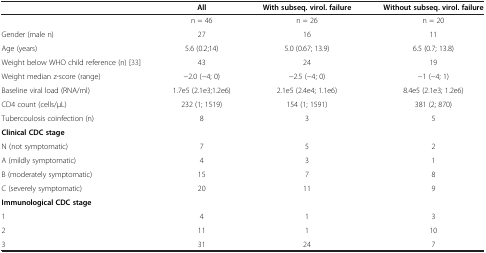
<table><thead><tr><td><b> </b></td><td><b>All</b></td><td><b>With subseq. virol. failure</b></td><td><b>Without subseq. virol. failure</b></td></tr></thead><tbody><tr><td> </td><td>n = 46</td><td>n = 26</td><td>n = 20</td></tr><tr><td>Gender (male n)</td><td>27</td><td>16</td><td>11</td></tr><tr><td>Age (years)</td><td>5.6 (0.2;14)</td><td>5.0 (0.67; 13.9)</td><td>6.5 (0.7; 13.8)</td></tr><tr><td>Weight below WHO child reference (n) [33]</td><td>43</td><td>24</td><td>19</td></tr><tr><td>Weight median z-score (range)</td><td>−2.0 (−4; 0)</td><td>−2.5 (−4; 0)</td><td>−1 (−4; 1)</td></tr><tr><td>Baseline viral load (RNA/ml)</td><td>1.7e5 (2.1e3;1.2e6)</td><td>2.1e5 (2.4e4; 1.1e6)</td><td>8.4e5 (2.1e3; 1.2e6)</td></tr><tr><td>CD4 count (cells/μL)</td><td>232 (1; 1519)</td><td>154 (1; 1591)</td><td>381 (2; 870)</td></tr><tr><td>Tubercoulosis coinfection (n)</td><td>8</td><td>3</td><td>5</td></tr><tr><td><b>Clinical CDC stage</b></td><td> </td><td> </td><td> </td></tr><tr><td>N (not symptomatic)</td><td>7</td><td>5</td><td>2</td></tr><tr><td>A (mildly symptomatic)</td><td>4</td><td>3</td><td>1</td></tr><tr><td>B (moderately symptomatic)</td><td>15</td><td>7</td><td>8</td></tr><tr><td>C (severely symptomatic)</td><td>20</td><td>11</td><td>9</td></tr><tr><td><b>Immunological CDC stage</b></td><td> </td><td> </td><td> </td></tr><tr><td>1</td><td>4</td><td>1</td><td>3</td></tr><tr><td>2</td><td>11</td><td>1</td><td>10</td></tr><tr><td>3</td><td>31</td><td>24</td><td>7</td></tr></tbody></table>